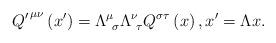
LaTeX: \begin{align*}\left. Q^{\prime}\right. ^{\mu\nu}\left( x^{\prime}\right) =\Lambda_{\ \sigma}^{\mu}\Lambda_{\ \tau}^{\nu}Q^{\sigma\tau}\left( x\right) ,x^{\prime}=\Lambda x. \end{align*}